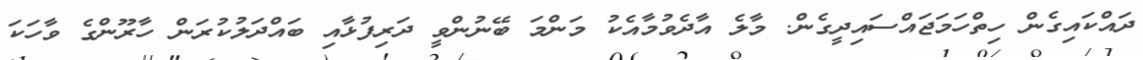
ދައްކައިގެން ހިތްހަމަޖައްސައިދީގެން. މާލެ އާދެވުމާއެކު މަންމަ ބޭނުންވީ ދަރިފުޅާއި ބައްދަލުކުރަން ހާރޫންގެ ވާހަކަ